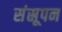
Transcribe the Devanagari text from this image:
संस्रूपन